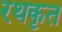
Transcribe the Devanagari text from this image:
रथकृत